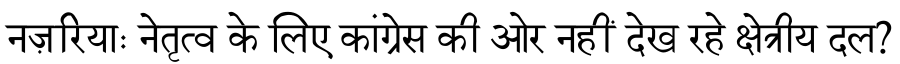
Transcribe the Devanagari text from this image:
नज़रियाः नेतृत्व के लिए कांग्रेस की ओर नहीं देख रहे क्षेत्रीय दल?